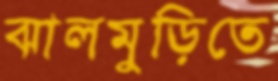
ঝালমুড়িতে